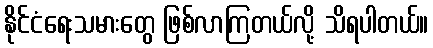
နိုင်ငံရေးသမားတွေ ဖြစ်လာကြတယ်လို့ သိရပါတယ်။